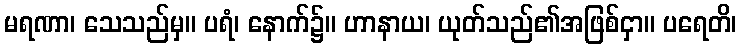
မရဏာ၊ သေသည်မှ။ ပရံ၊ နောက်၌။ ဟာနာယ၊ ယုတ်သည်၏အဖြစ်ငှာ။ ပရေတိ၊